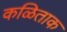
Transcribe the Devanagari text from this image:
कळिताक